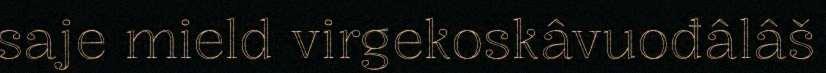
saje mield virgekoskâvuođâlâš